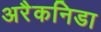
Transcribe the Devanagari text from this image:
अरैकनिडा